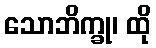
သောဘိက္ခု၊ ထို